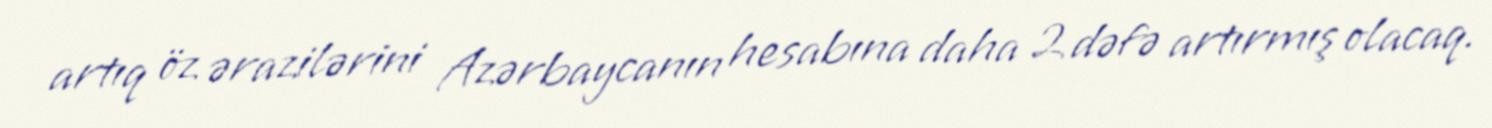
artıq öz ərazilərini Azərbaycanın hesabına daha 2 dəfə artırmış olacaq.